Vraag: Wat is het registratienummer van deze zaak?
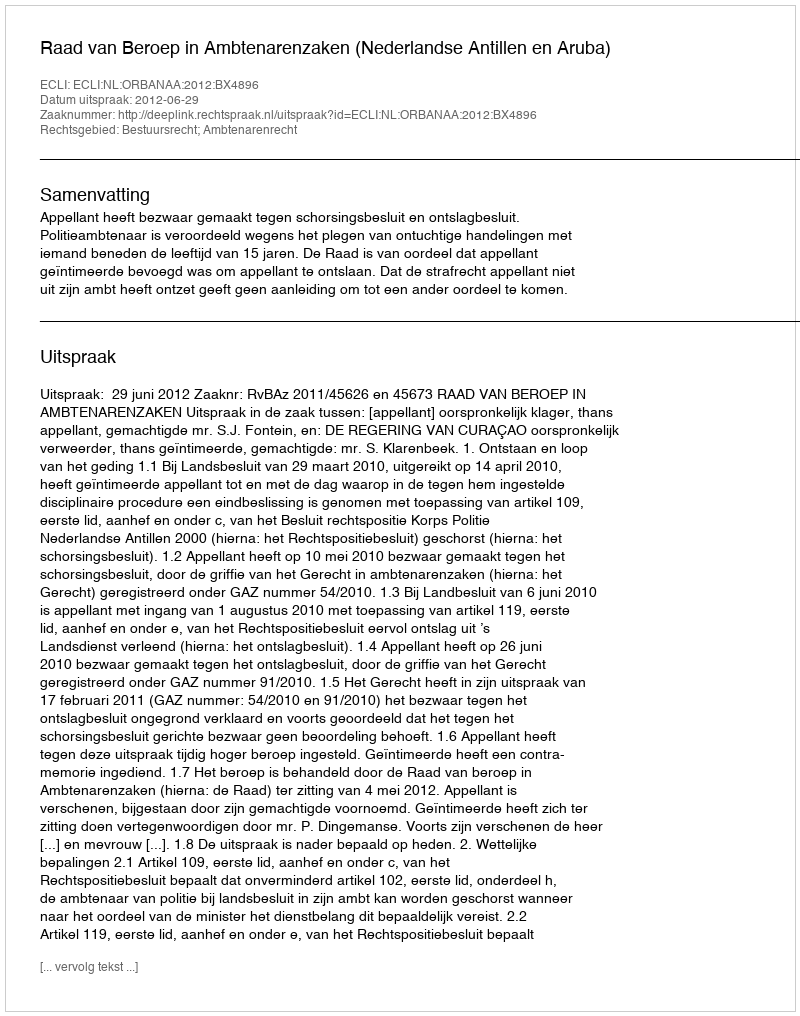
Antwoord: http://deeplink.rechtspraak.nl/uitspraak?id=ECLI:NL:ORBANAA:2012:BX4896